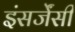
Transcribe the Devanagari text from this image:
इंसर्जेंसी